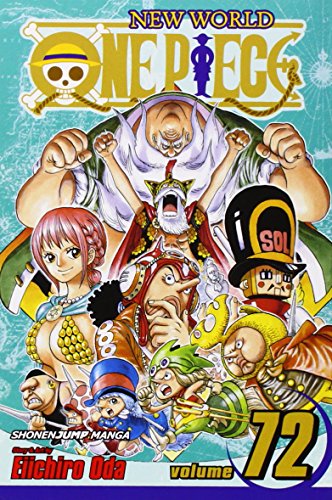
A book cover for One Piece, Vol. 72; Eiichiro Oda; Comics & Graphic Novels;